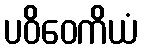
ပဝိဝေကိယံ